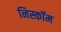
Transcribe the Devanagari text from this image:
निस्कॉम